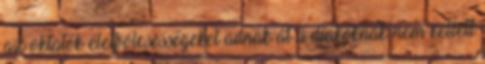
az oktatók életbölcsességeket adnak át a diákoknak nem kellett